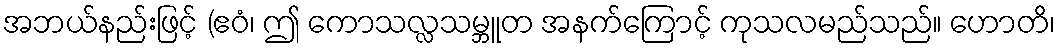
အဘယ်နည်းဖြင့် (ဧဝံ၊ ဤ ကောသလ္လသမ္ဘူတ အနက်ကြောင့် ကုသလမည်သည်။ ဟောတိ၊